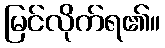
မြင်လိုက်ရ၏။